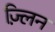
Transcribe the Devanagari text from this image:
ज़्लिन